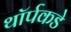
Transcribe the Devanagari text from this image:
थॉर्पकडे